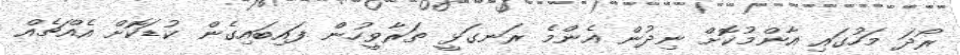
ރޯދަ މަހުގައި އާންމުކޮށް ނިދުން އެންމެ ރަނގަޅީ ތަރާވީހުން ފައިބައިގެން ކުޑަކޮށް އެއްޗެއް